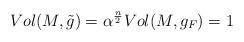
LaTeX: \begin{align*} Vol(M,\tilde{g})=\alpha^{\frac{n}{2}}Vol(M,g_F)=1 \end{align*}